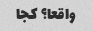
واقعا؟ کجا